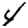
Digit: 4